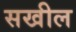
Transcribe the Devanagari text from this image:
सखील